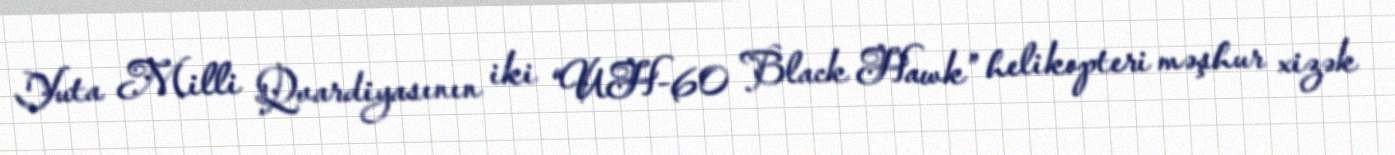
Yuta Milli Qvardiyasının iki “UH-60 Black Hawk” helikopteri məşhur xizək